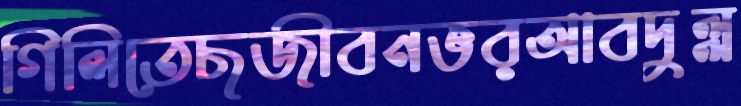
গিলিতেছজীবনভরআবদুল্ল